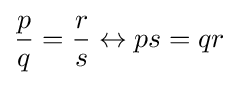
{\frac {p}{q}}={\frac {r}{s}}\leftrightarrow ps=qr